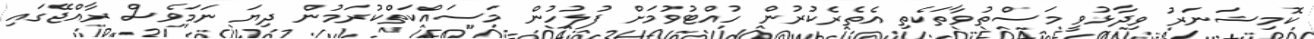
ކޮމިޝަނަރު ވިދާޅުވީ މަސްތުވާތަކެތި އެތެރެކުރުން ހުއްޓުވުމަށް ފުލުހުން މަސައްކަތްކުރަމުން ދިޔަ ނަމަވެސް ރާއްޖޭގައި